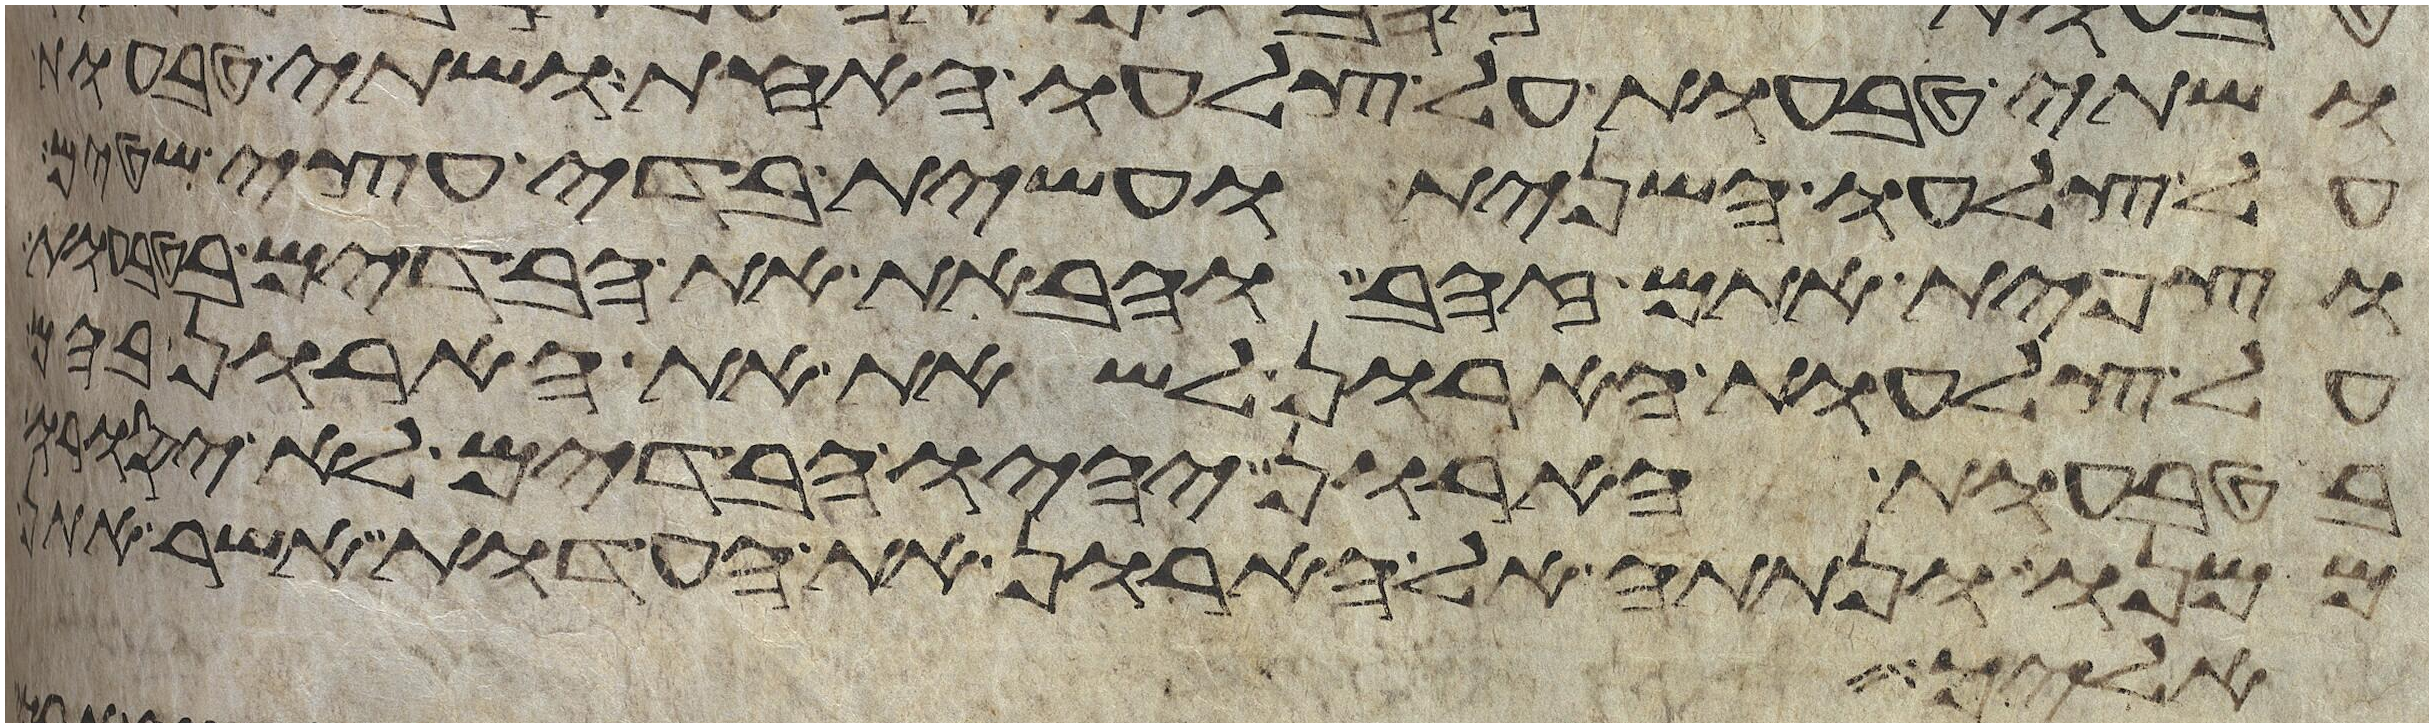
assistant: ושתי טבעות על צלעו האחד ושתי טבעות
על צלעו השני ועשית בדי עצי
וצפית אתם זהב והבאת את הבדים
על צלעות הארון לשאת את הארון
בטבעות הארון יהיו הבדים לא יסורו
ממנו ונתתה אל הארון את העדות אשר אתן
אליך